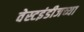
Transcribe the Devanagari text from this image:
वेस्टइंडीजच्या